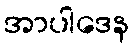
အာပါဒေန